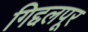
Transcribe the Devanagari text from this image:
गिद्दलपूर